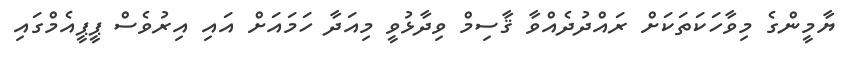
ޔާމީންގެ މިވާހަކަތަކަށް ރައްދުދެއްވާ ޤާސިމް ވިދާޅުވީ މިއަދާ ހަމައަށް އައި އިރުވެސް ޕީޕީއެމްގައި